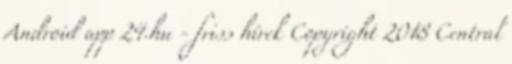
Android app 24.hu - friss hírek Copyright 2018 Central